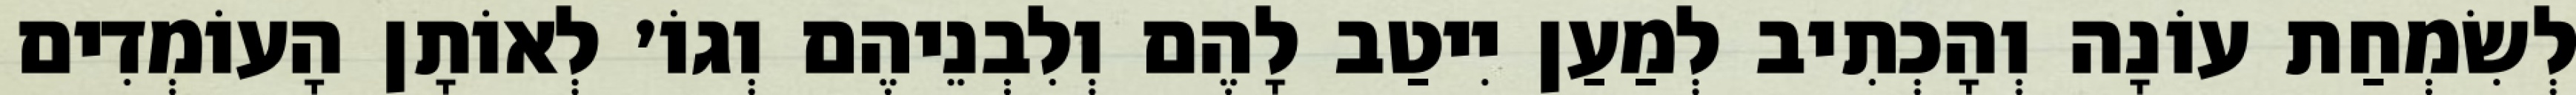
לְשִׂמְחַת עוֹנָה וְהָכְתִיב לְמַעַן יִיטַב לָהֶם וְלִבְנֵיהֶם וְגוֹ׳ לְאוֹתָן הָעוֹמְדִים